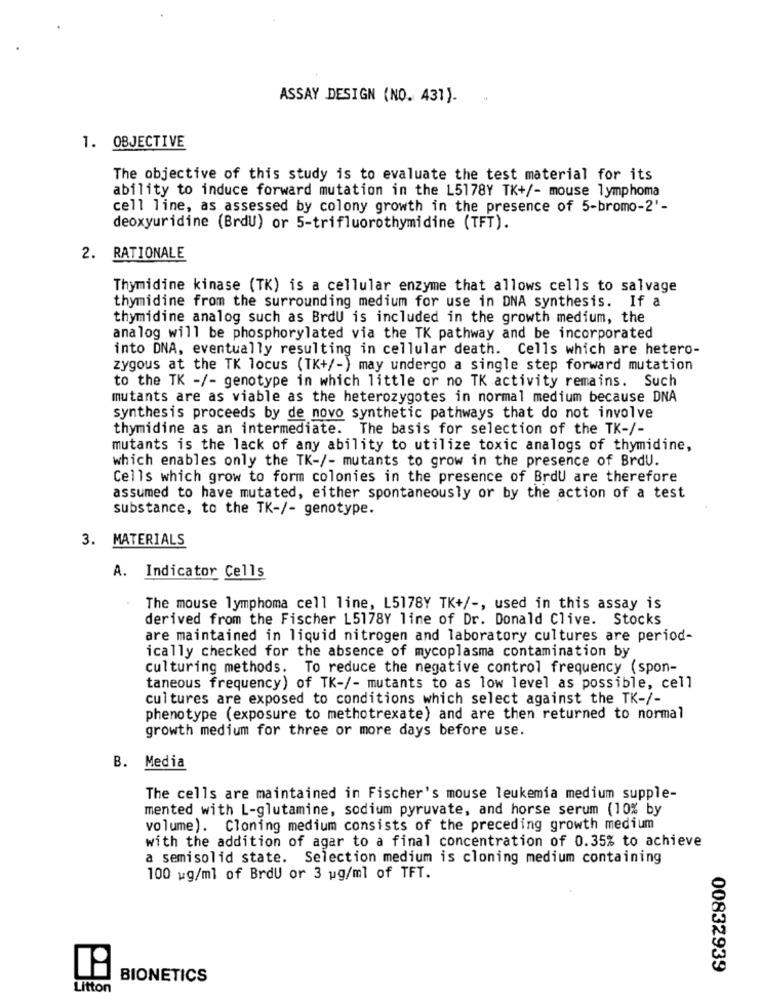
ASSAY DESIGN (NO. 431).
1. OBJECTIVE
The objective of this study is to evaluate the test material for its
ability to induce forward mutation in the L5178Y TK+/- mouse lymphoma
cell line, as assessed by colony growth in the presence of 5-bromo-2'-
deoxyuridine (BrdU) or 5-trifluorothymidine (TFT).
2. RATIONALE
Thymidine kinase (TK) is a cellular enzyme that allows cells to salvage
thymidine from the surrounding medium for use in DNA synthesis. If a
thymidine analog such as BrdU is included in the growth medium, the
analog will be phosphorylated via the TK pathway and be incorporated
into DNA, eventually resulting in cellular death. Cells which are hetero-
zygous at the TK locus (TK+/-) may undergo a single step forward mutation
to the TK -/- genotype in which little or no TK activity remains. Such
mutants are as viable as the heterozygotes in normal medium because DNA
synthesis proceeds by de novo synthetic pathways that do not involve
thymidine as an intermediate. The basis for selection of the TK-/-
mutants is the lack of any ability to utilize toxic analogs of thymidine,
which enables only the TK-/- mutants to grow in the presence of BrdU.
Cells which grow to form colonies in the presence of BrdU are therefore
assumed to have mutated, either spontaneously or by the action of a test
substance, to the TK-/- genotype.
3. MATERIALS
A. Indicator Cells
The mouse lymphoma cell line, L5178Y TK+/ -, used in this assay is
derived from the Fischer L5178Y line of Dr. Donald Clive. Stocks
are maintained in liquid nitrogen and laboratory cultures are period-
ically checked for the absence of mycoplasma contamination by
culturing methods. To reduce the negative control frequency (spon-
taneous frequency) of TK-/- mutants to as low level as possible, cell
cultures are exposed to conditions which select against the TK-/-
phenotype (exposure to methotrexate) and are then returned to normal
growth medium for three or more days before use.
B. Media
The cells are maintained in Fischer's mouse leukemia medium supple-
mented with L-glutamine, sodium pyruvate, and horse serum (10% by
volume). Cloning medium consists of the preceding growth medium
with the addition of agar to a final concentration of 0.35% to achieve
a semisolid state. Selection medium is cloning medium containing
100 wg/ml of BrdU or 3 ug/ml of TFT.
00832939
BIONETICS
Litton